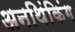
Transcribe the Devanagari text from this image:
अनथिंकिंग